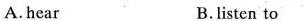
A.hear B.listen to